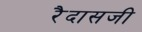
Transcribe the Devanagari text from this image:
रैदासजी